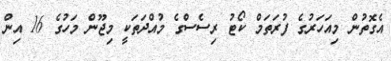
އެގޮތުން މިއަހަރުގެ ފުރަތަމް ކޯޓު ރިސެސްގެ މުއްދަތަކީ މިޖޫން މަހުގެ 16 އިން